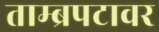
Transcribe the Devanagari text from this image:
ताम्ब्रपटावर